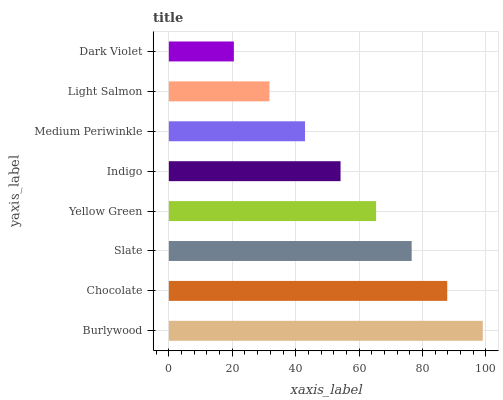
| yaxis_label | bars |
 | --- | --- |
 | Burlywood | 99 |
 | Chocolate | 87.8 |
 | Slate | 76.6 |
 | Yellow Green | 65.4 |
 | Indigo | 54.1 |
 | Medium Periwinkle | 42.9 |
 | Light Salmon | 31.7 |
 | Dark Violet | 20.5 |